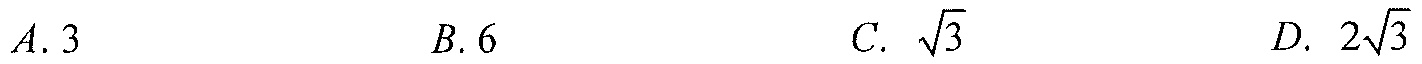
\(A.3\)  \(B.6\)  \(C.\ \sqrt{3}\)  \(D.\ 2\sqrt{3}\)